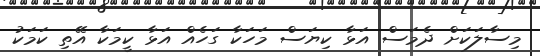
މިސާލަކަށް ދެމަސް އަޅާ ކިޔަސް މަހަކާ ގަހެއް އަޅާ ކީމަކާ އޭތި ކަމަކު